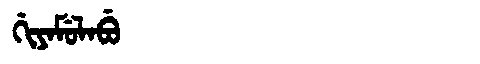
Manchu: ᡤᡳᠶᠠᠮᡠᠯᠠᠪᡠ
Romanization: GIYAMULABU